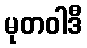
မုတဝါဒီ